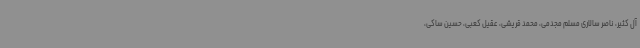
آل کثیر، ناصر سالاری مسلم مجدمی، محمد قریشی، عقیل کعبی، حسین ساکی،